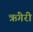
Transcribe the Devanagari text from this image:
ऋंगेरी